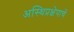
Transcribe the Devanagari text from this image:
अस्थिप्रक्षेपाचें